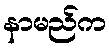
နာမည်က